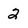
Character: 2